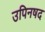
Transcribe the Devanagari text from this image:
उपिनषद